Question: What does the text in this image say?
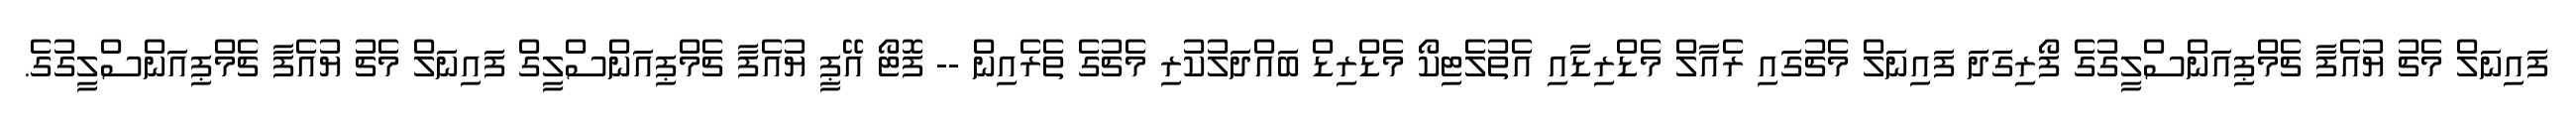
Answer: ފައިނަލް މެޗު ޔުއެފާ ޗެމްޕިއަންސްލީގުގެ ފޯރިގަދަ ފައިނަލް މެޗުގައި ރެއާލް މެޑްރިޑާއި އެތުލެޓިކޯ މެޑްރިޑް ބައްދަލުކުރި މެޗުގެ ތެރެއިން -- ފޮޓޯ އޭޕީ ޔުއެފާ ޗެމްޕިއަންސްލީގް ފައިނަލް މެޗު ޔުއެފާ ޗެމްޕިއަންސްލީގުގެ.